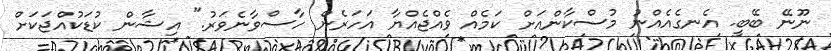
ނޫނޭ ބޭބީ. އެނގެއެއްނު މުސްކާންއަށް ކަމެއް ވެއްޖެއްޔާ އަހަރެން ހާސްވާނެވަރު." އިޝާން ކުޑަކުއްޖަކަށް